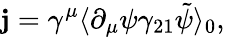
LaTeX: \mathbf{j}=\gamma^{\mu}\langle\partial_{\mu}\psi\gamma_{21}\tilde{{\psi}}\rangle_{0},